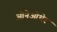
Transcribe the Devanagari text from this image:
ओनेओथेर